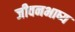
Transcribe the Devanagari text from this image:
जीवनभाष्य